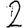
Digit: 2